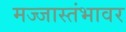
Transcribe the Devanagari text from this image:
मज्जास्तंभावर